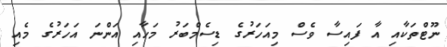
ނޫޓްތަކާއި އާ ފައިސާ ވެސް މިއަހަރުގެ ޑިސެމްބަރު މަހާއި އަންނަ އަހަރުގެ މެއި